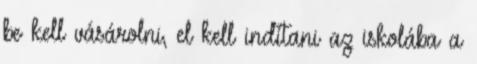
be kell vásárolni, el kell indítani az iskolába a